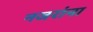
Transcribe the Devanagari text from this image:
नजरांना